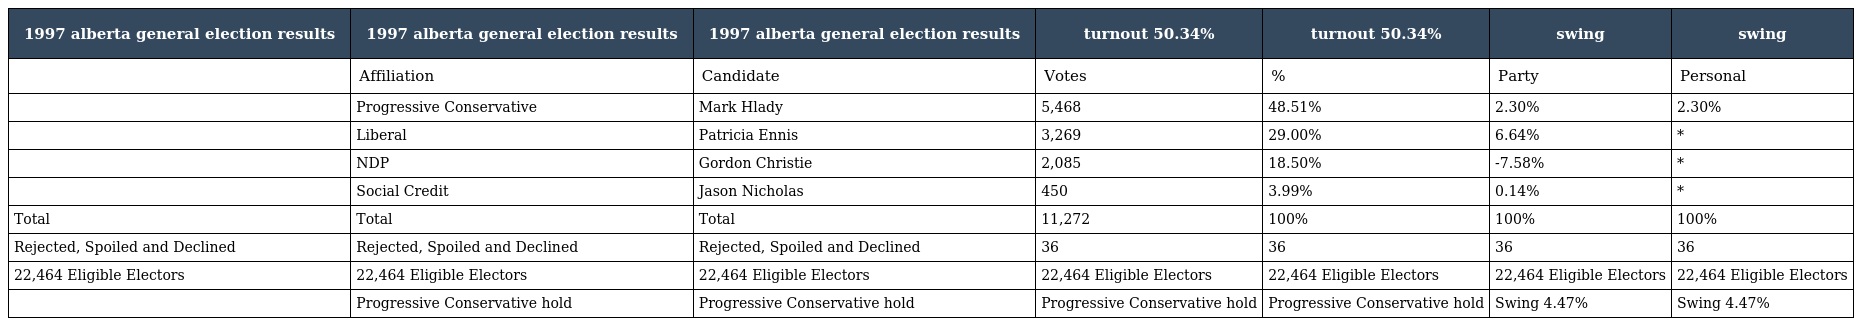
| 1997 alberta general election results | 1997 alberta general election results | 1997 alberta general election results | turnout 50.34% | turnout 50.34% | swing | swing |
 | --- | --- | --- | --- | --- | --- | --- |
 |  | Affiliation | Candidate | Votes | % | Party | Personal |
 |  | Progressive Conservative | Mark Hlady | 5,468 | 48.51% | 2.30% | 2.30% |
 |  | Liberal | Patricia Ennis | 3,269 | 29.00% | 6.64% | * |
 |  | NDP | Gordon Christie | 2,085 | 18.50% | -7.58% | * |
 |  | Social Credit | Jason Nicholas | 450 | 3.99% | 0.14% | * |
 | Total | Total | Total | 11,272 | 100% | 100% | 100% |
 | Rejected, Spoiled and Declined | Rejected, Spoiled and Declined | Rejected, Spoiled and Declined | 36 | 36 | 36 | 36 |
 | 22,464 Eligible Electors | 22,464 Eligible Electors | 22,464 Eligible Electors | 22,464 Eligible Electors | 22,464 Eligible Electors | 22,464 Eligible Electors | 22,464 Eligible Electors |
 |  | Progressive Conservative hold | Progressive Conservative hold | Progressive Conservative hold | Progressive Conservative hold | Swing 4.47% | Swing 4.47% |